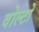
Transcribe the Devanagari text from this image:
वोल्टों